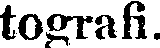
tografi.